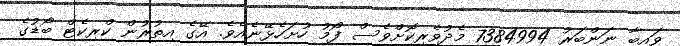
ވައިބާ ނަންބަރު 7384994 މެދުވެރިކޮށްވެސް ފޯމު ހުށަހެޅޭނެއެވެ. އޭގެ އިތުރުން ކްރިކެޓް ބޯޑުގެ